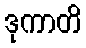
ဒုကာတိ